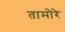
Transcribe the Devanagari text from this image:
तामोरे